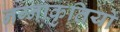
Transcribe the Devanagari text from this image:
नग्नाकृतियों